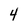
Character: 4